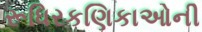
રૂધિરકણિકાઓની